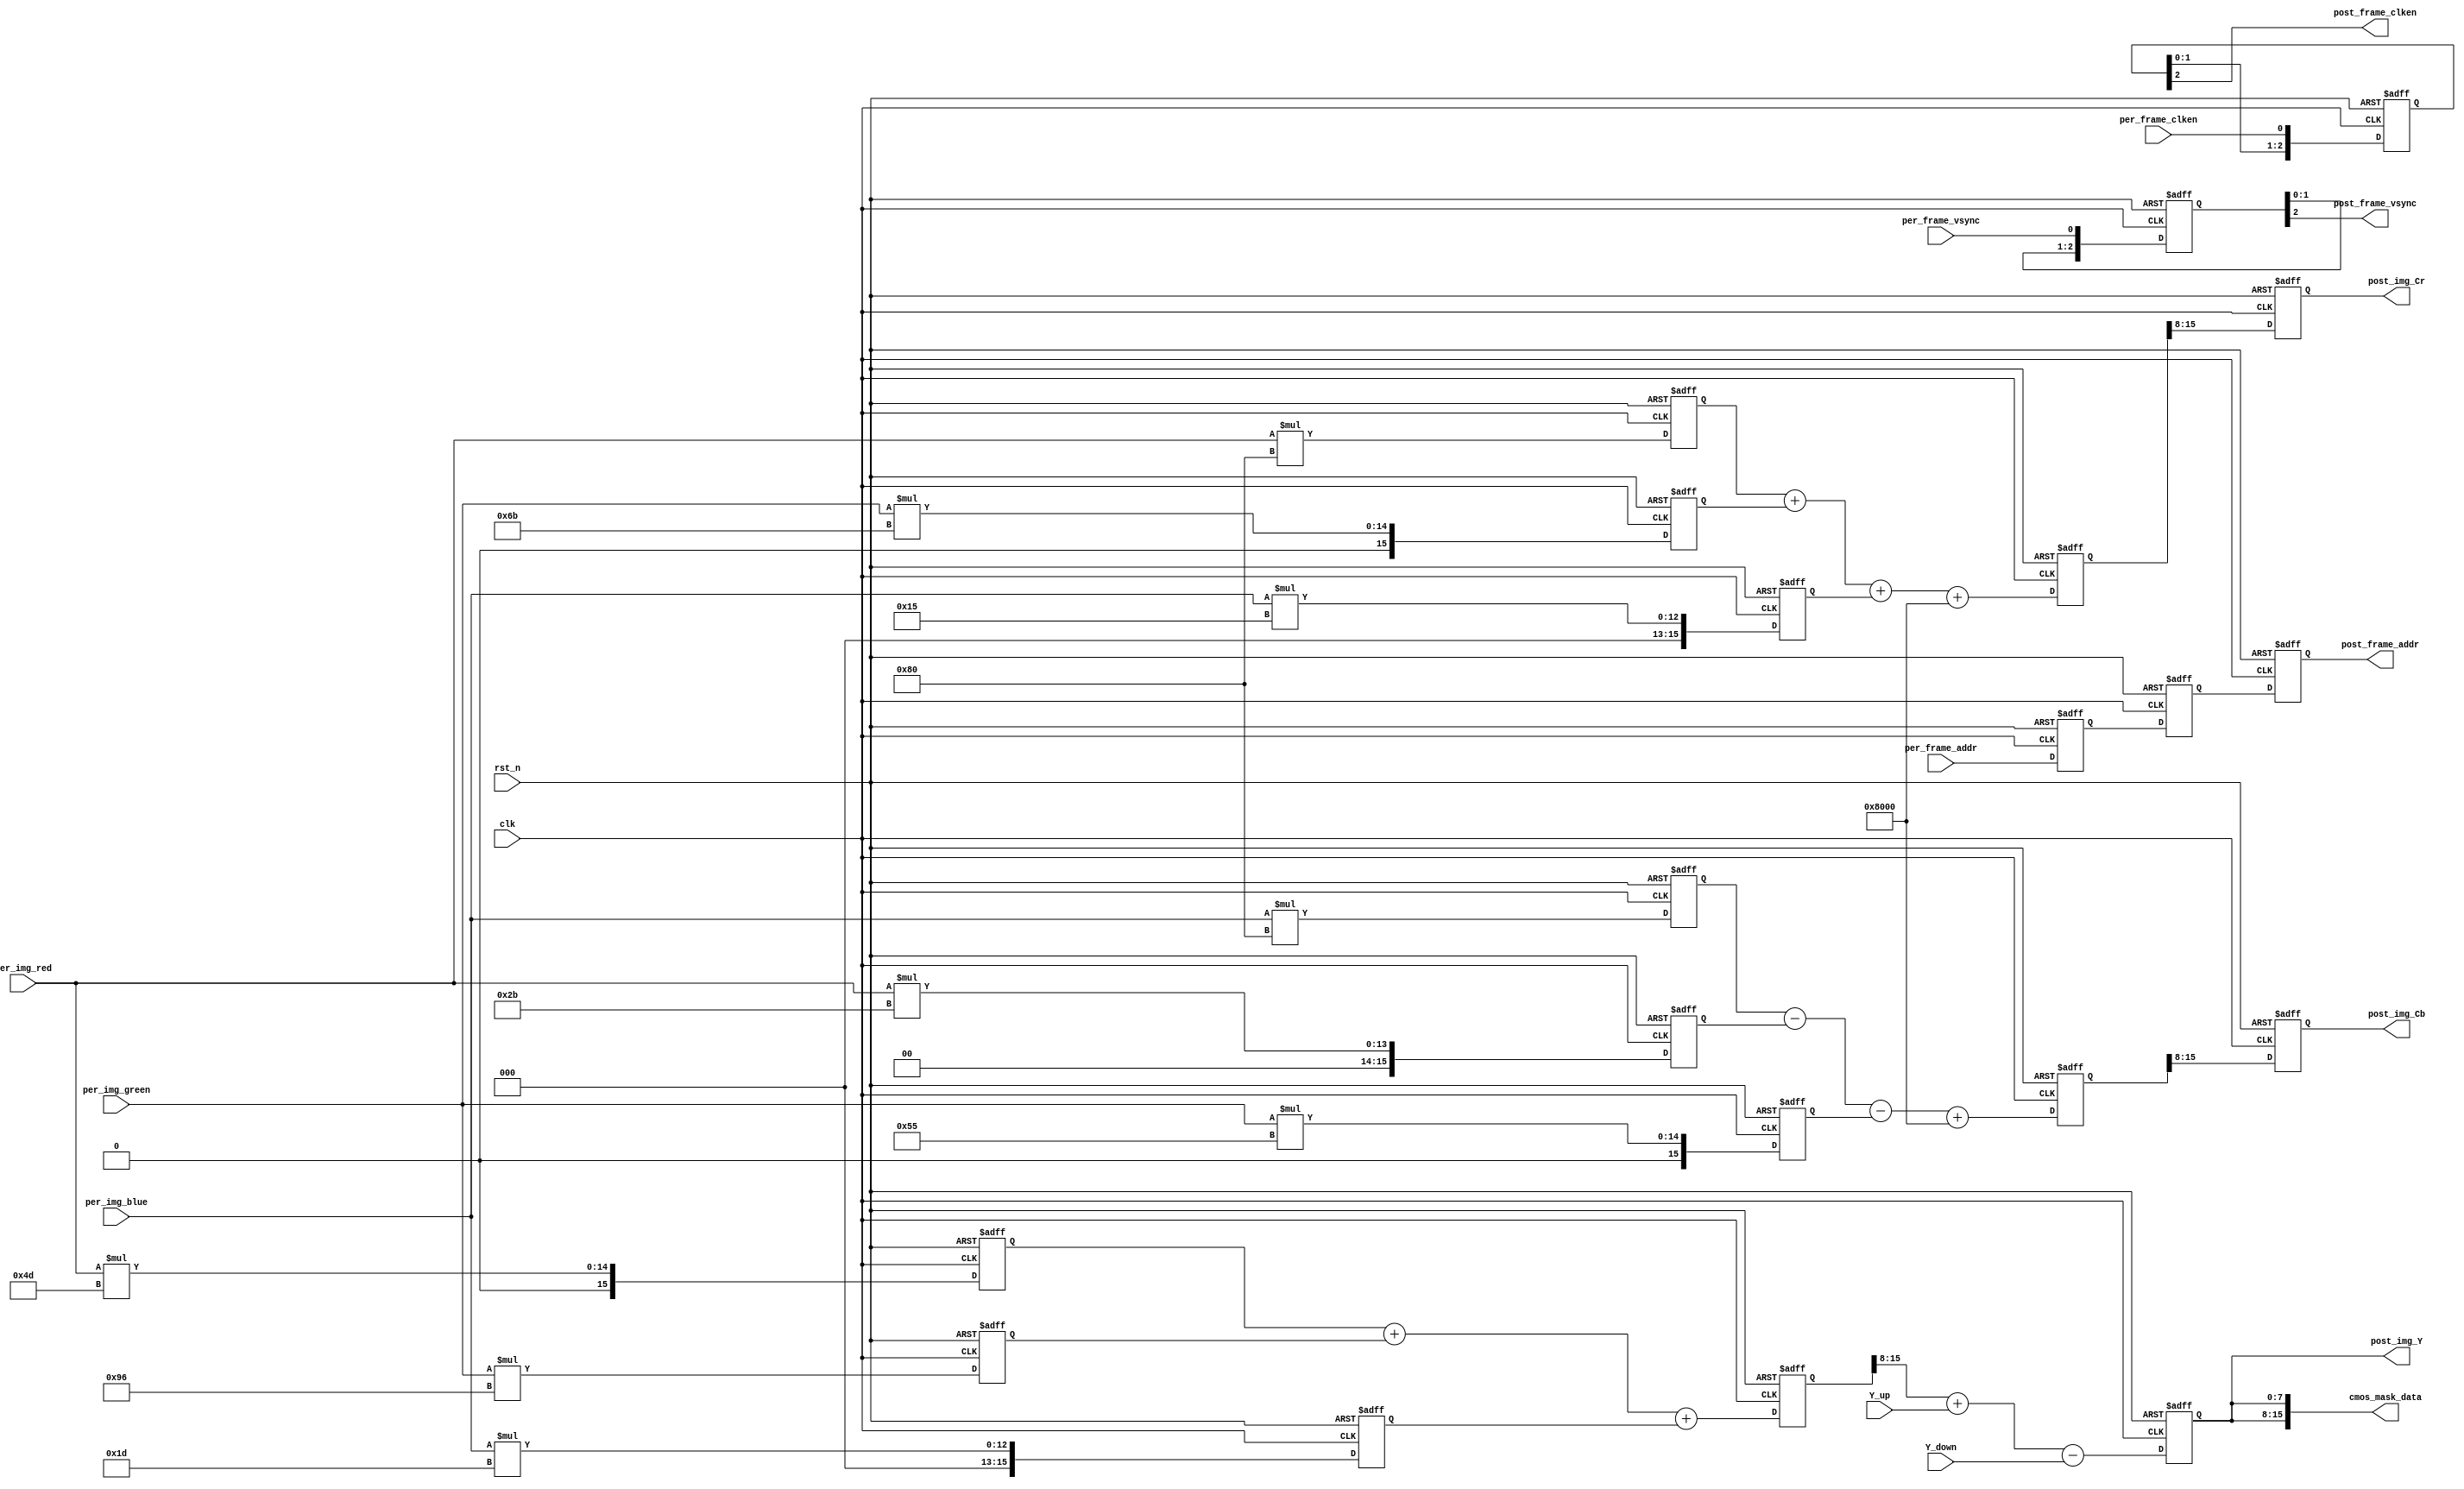
module VIP_RGB888_YCbCr444
(
	//global clock
	input				clk,  				//cmos video pixel clock
	input				rst_n,				//global reset

	//CMOS rgb888 data input
	input				per_frame_vsync,	//Prepared Image data vsync valid signal
	input				per_frame_clken,	//Prepared Image data output/capture enable clock
    input      [23:0]   per_frame_addr ,
	input	   [ 7:0]	per_img_red,		//Prepared Image red data to be processed
	input	   [ 7:0]	per_img_green,		//Prepared Image green data to be processed
	input	   [ 7:0]	per_img_blue,		//Prepared Image blue data to be processed
	input	   [ 7:0]	Y_up        ,	
	input	   [ 7:0]	Y_down      ,	
	//CMOS YCbCr444 data output
	output				post_frame_vsync,	//Processed Image data vsync valid signal
	output				post_frame_clken,	//Processed Image data output/capture enable clock	
	output      [23:0]  post_frame_addr ,
	output		[15:0]  cmos_mask_data,
	output		[7:0]	post_img_Y,			//Processed Image brightness output
	output		[7:0]	post_img_Cb,		//Processed Image blue shading output
	output		[7:0]	post_img_Cr			//Processed Image red shading output
);

//--------------------------------------------
/*********************************************
//Refer to <OV7725 Camera Module Software Applicaton Note> page 5
	Y 	=	(77 *R 	+ 	150*G 	+ 	29 *B)>>8
	Cb 	=	(-43*R	- 	85 *G	+ 	128*B)>>8 + 128
	Cr 	=	(128*R 	-	107*G  	-	21 *B)>>8 + 128
--->
	Y 	=	(77 *R 	+ 	150*G 	+ 	29 *B)>>8
	Cb 	=	(-43*R	- 	85 *G	+ 	128*B + 32768)>>8
	Cr 	=	(128*R 	-	107*G  	-	21 *B + 32768)>>8
**********************************************/
//Step 1
reg	[15:0]	img_red_r0,		img_red_r1,		img_red_r2;	
reg	[15:0]	img_green_r0,	img_green_r1,	img_green_r2; 
reg	[15:0]	img_blue_r0,	img_blue_r1,	img_blue_r2; 
always@(posedge clk or negedge rst_n)
begin
	if(!rst_n)
		begin
		img_red_r0		<=	0; 		
		img_red_r1		<=	0; 		
		img_red_r2		<=	0; 	
		img_green_r0	<=	0; 		
		img_green_r1	<=	0; 		
		img_green_r2	<=	0; 	
		img_blue_r0		<=	0; 		
		img_blue_r1		<=	0; 		
		img_blue_r2		<=	0; 			
		end
	else
		begin
		img_red_r0		<=	per_img_red 	* 	8'd77; 		
		img_red_r1		<=	per_img_red 	* 	8'd43; 	
		img_red_r2		<=	per_img_red 	* 	8'd128; 		
		img_green_r0	<=	per_img_green 	* 	8'd150; 		
		img_green_r1	<=	per_img_green 	* 	8'd85; 			
		img_green_r2	<=	per_img_green 	* 	8'd107; 
		img_blue_r0		<=	per_img_blue 	* 	8'd29; 		
		img_blue_r1		<=	per_img_blue 	* 	8'd128; 			
		img_blue_r2		<=	per_img_blue 	* 	8'd21; 		
		end
end

//--------------------------------------------------
//Step 2
reg	[15:0]	img_Y_r0;	
reg	[15:0]	img_Cb_r0; 
reg	[15:0]	img_Cr_r0; 
always@(posedge clk or negedge rst_n)
begin
	if(!rst_n)
		begin
		img_Y_r0	<=	0; 		
		img_Cb_r0	<=	0; 		
		img_Cr_r0	<=	0; 	
		end
	else
		begin
		img_Y_r0	<=	img_red_r0 	+ 	img_green_r0 	+ 	img_blue_r0; 		
		img_Cb_r0	<=	img_blue_r1 - 	img_red_r1 		- 	img_green_r1	+	16'd32768; 		
		img_Cr_r0	<=	img_red_r2 	+ 	img_green_r2 	+ 	img_blue_r2		+	16'd32768; 		
		end
end

//--------------------------------------------------
//Step 3
reg	[7:0]	img_Y_r1;	
reg	[7:0]	img_Cb_r1; 
reg	[7:0]	img_Cr_r1; 
always@(posedge clk or negedge rst_n)
begin
	if(!rst_n)
		begin
		img_Y_r1	<=	0; 		
		img_Cb_r1	<=	0; 		
		img_Cr_r1	<=	0; 	
		end
	else
		begin
		img_Y_r1	<=	img_Y_r0[15:8] + Y_up[7:0] -Y_down[7:0];
		img_Cb_r1	<=	img_Cb_r0[15:8];
		img_Cr_r1	<=	img_Cr_r0[15:8]; 
		end
end



//------------------------------------------
//lag 3 clocks signal sync  
reg	[ 2:0]	per_frame_vsync_r;	
reg	[ 2:0]	per_frame_clken_r;
reg [23:0]  per_frame_addr_r [2:0];
always@(posedge clk or negedge rst_n)
begin
	if(!rst_n)begin
		per_frame_vsync_r   <= 0;
		per_frame_clken_r   <= 0;
		per_frame_addr_r[0] <= 24'd0;
		per_frame_addr_r[1] <= 24'd0;
		per_frame_addr_r[2] <= 24'd0;
	end
	else
		begin
		per_frame_vsync_r 	<= 	{per_frame_vsync_r[1:0], 	per_frame_vsync};
		per_frame_clken_r 	<= 	{per_frame_clken_r[1:0], 	per_frame_clken};
		per_frame_addr_r[0] <=  per_frame_addr     ;
		per_frame_addr_r[1] <=  per_frame_addr_r[0];
		per_frame_addr_r[2] <=  per_frame_addr_r[1];
	end
end
assign	post_frame_vsync 	= 	per_frame_vsync_r[2];
assign	post_frame_clken 	= 	per_frame_clken_r[2];
assign  post_frame_addr     = 	per_frame_addr_r[2];
assign	post_img_Y 	=  img_Y_r1 ;
assign	post_img_Cb =  img_Cb_r1;
assign	post_img_Cr =  img_Cr_r1;


//cmos_frame_vsync edge
reg post_frame_vsync_r0 ;
reg post_frame_vsync_r1;
wire post_frame_vsync_nege ;

always@(posedge clk or negedge rst_n)
begin
	if(!rst_n)begin
		post_frame_vsync_r0 <= 'd0 ;
		post_frame_vsync_r1 <= 'd0 ;	
	end
	else begin
		post_frame_vsync_r0 <= post_frame_vsync ;
		post_frame_vsync_r1 <= post_frame_vsync_r0 ;			
	end
end

assign post_frame_vsync_nege = (post_frame_vsync_r1&&~post_frame_vsync_r0)?1'b1:1'b0 ;

reg mask_change ;
always@(posedge clk or negedge rst_n)
begin
	if(!rst_n)
		mask_change <= 1'b0 ;
	else if(post_frame_vsync_nege)
		mask_change <= ~ mask_change ;
	else
		mask_change <= mask_change ;
end

assign cmos_mask_data = {post_img_Y,post_img_Y};

endmodule